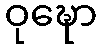
ဝုဍ္ဎော